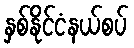
နှစ်နိုင်ငံနယ်စပ်